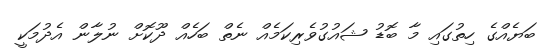
ބަޔެއްގެ ހިތުގައި މާ ބޮޑު ޝައުގުވެރިކަމެއް ނެތް ބަހެއް ދޫކޮށް ނުލާން އެދުމަކީ